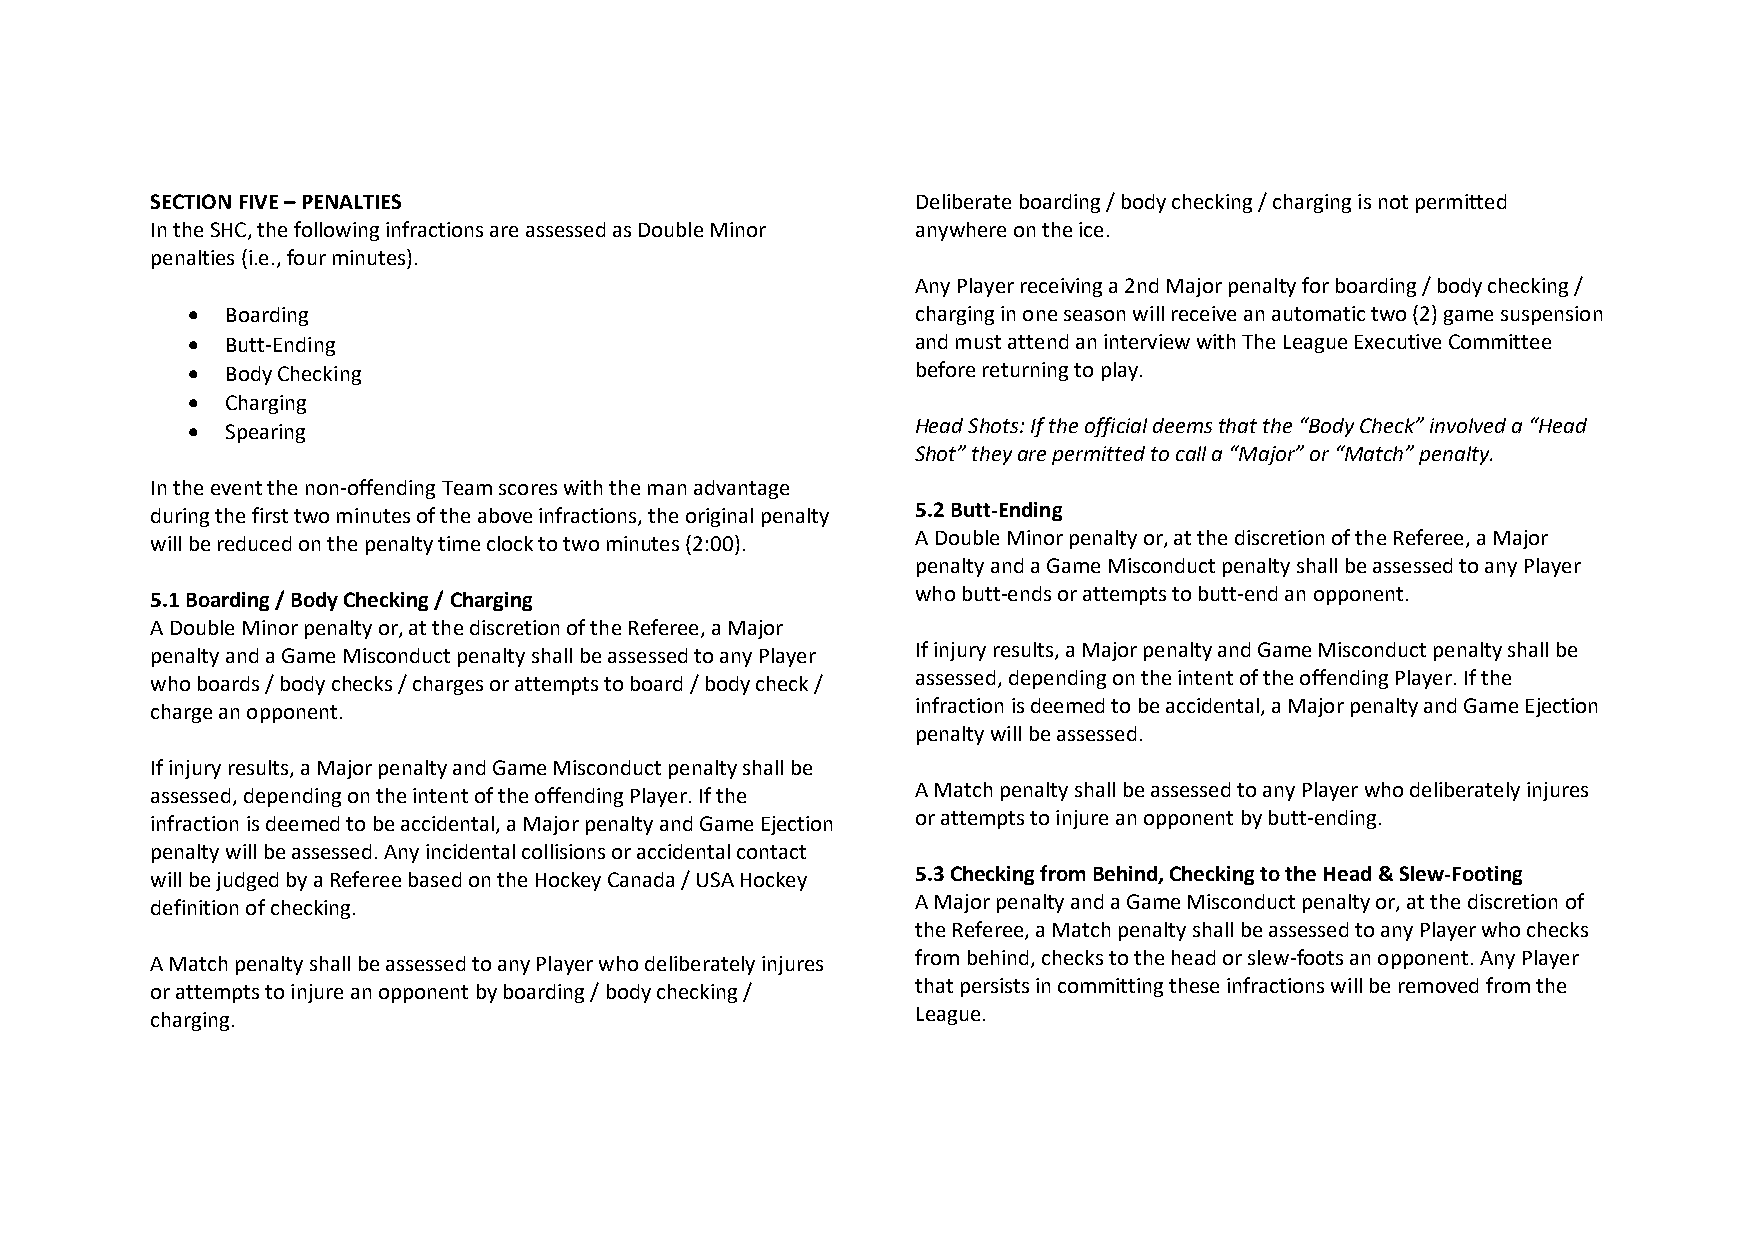
SECTION FIVE – PENALTIES                           Deliberate boarding / body checking / charging is not permitted
 In the SHC, the following infractions are assessed as Double Minor anywhere on the ice.
 penalties (i.e., four minutes).
 Any Player receiving a 2nd Major penalty for boarding / body checking /
 •  Boarding                                      charging in one season will receive an automatic two (2) game suspension
 •  Butt-Ending                                   and must attend an interview with The League Executive Committee
 •  Body Checking                                 before returning to play.
 •  Charging
 •  Spearing                                      Head Shots: If the official deems that the “Body Check” involved a “Head
 Shot” they are permitted to call a “Major” or “Match” penalty.
 In the event the non-offending Team scores with the man advantage
 during the first two minutes of the above infractions, the original penalty 5.2 Butt-Ending
 will be reduced on the penalty time clock to two minutes (2:00). A Double Minor penalty or, at the discretion of the Referee, a Major
 penalty and a Game Misconduct penalty shall be assessed to any Player
 5.1 Boarding / Body Checking / Charging            who butt-ends or attempts to butt-end an opponent.
 A Double Minor penalty or, at the discretion of the Referee, a Major
 penalty and a Game Misconduct penalty shall be assessed to any Player If injury results, a Major penalty and Game Misconduct penalty shall be
 who boards / body checks / charges or attempts to board / body check / assessed, depending on the intent of the offending Player. If the
 charge an opponent.                                infraction is deemed to be accidental, a Major penalty and Game Ejection
 penalty will be assessed.
 If injury results, a Major penalty and Game Misconduct penalty shall be
 assessed, depending on the intent of the offending Player. If the A Match penalty shall be assessed to any Player who deliberately injures
 infraction is deemed to be accidental, a Major penalty and Game Ejection or attempts to injure an opponent by butt-ending.
 penalty will be assessed. Any incidental collisions or accidental contact
 will be judged by a Referee based on the Hockey Canada / USA Hockey 5.3 Checking from Behind, Checking to the Head & Slew-Footing
 definition of checking.                            A Major penalty and a Game Misconduct penalty or, at the discretion of
 the Referee, a Match penalty shall be assessed to any Player who checks
 A Match penalty shall be assessed to any Player who deliberately injures from behind, checks to the head or slew-foots an opponent. Any Player
 or attempts to injure an opponent by boarding / body checking / that persists in committing these infractions will be removed from the
 charging.                                          League.